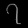
Digit: ၇